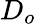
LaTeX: D_{o}